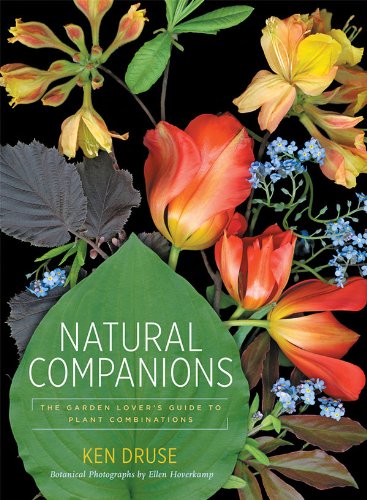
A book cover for Natural Companions: The Garden Lover's Guide to Plant Combinations; Ken Druse; Crafts, Hobbies & Home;